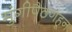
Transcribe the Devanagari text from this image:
मुंगीपैठणहून